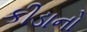
કીડાનો